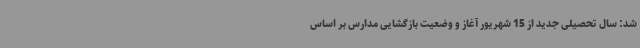
شد: سال تحصیلی جدید از 15 شهریور آغاز و وضعیت بازگشایی مدارس بر اساس